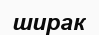
ширак